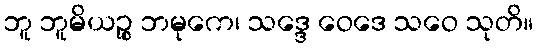
ဘူ ဘူမိယဉ္စ ဘမုကေ၊ သဒ္ဒေ ဝေဒေ သဝေ သုတိ။